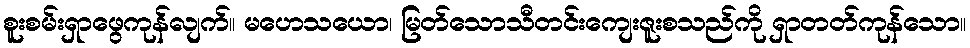
စူးစမ်းရှာဖွေကုန်လျက်။ မဟေသယော၊ မြတ်သောသီတင်းကျေးဇူးစသည်ကို ရှာတတ်ကုန်သော။